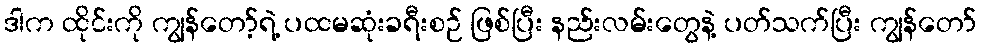
ဒါက ထိုင်းကို ကျွန်တော့်ရဲ့ ပထမဆုံးခရီးစဉ် ဖြစ်ပြီး နည်းလမ်းတွေနဲ့ ပတ်သက်ပြီး ကျွန်တော်